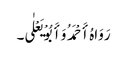
رَوَاہُ أَحْمَدُ وَأَبُوْ یَعْلٰی۔